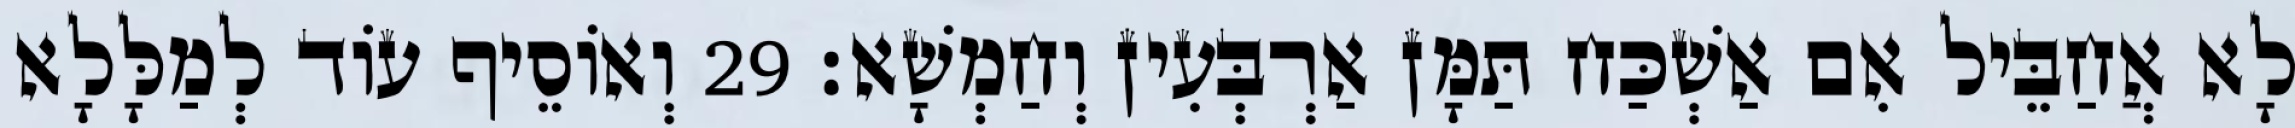
לָא אֲחַבֵּיל אִם אַשְׁכַּח תַּמָּן אַרְבְּעִין וְחַמְשָׁא׃ 29 וְאוֹסֵיף עוֹד לְמַלָּלָא